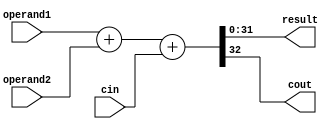
`timescale 1ns / 1ps
//*************************************************************************
//   > : adder.v
//   >   "+"
//*************************************************************************
module adder(
    input  [31:0] operand1,
    input  [31:0] operand2,
    input         cin,
    output [31:0] result,
    output        cout
	//output overflow
    );
    assign {cout,result} = operand1 + operand2 + cin;
    // assign overflow =  (operand1[31] == operand2[31] == 1'b1 & result[31] == 1'b0 )  ?  1'b1 :
						// (operand1[31] == operand2[31] == 1'b0 & result[31] == 1'b1 ) ?  1'b1 :
						// 1'b0;
endmodule